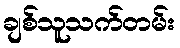
ချစ်သူသက်တမ်း